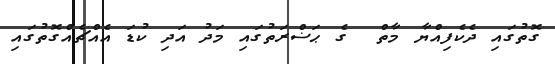
ގޮތުގައި ދެކެފިއްޔާ މާތް  ގެ ޙަޟްރަތުގައި މަދު އަދި ކުޑަ އެއްޗެއްގޮތުގައި